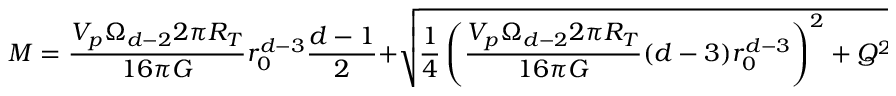
M = \frac { V _ { p } \Omega _ { d - 2 } 2 \pi R _ { T } } { 1 6 \pi G } r _ { 0 } ^ { d - 3 } \frac { d - 1 } { 2 } + \sqrt { \frac { 1 } { 4 } \left( \frac { V _ { p } \Omega _ { d - 2 } 2 \pi R _ { T } } { 1 6 \pi G } ( d - 3 ) r _ { 0 } ^ { d - 3 } \right) ^ { 2 } + Q ^ { 2 } }